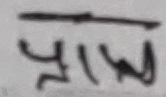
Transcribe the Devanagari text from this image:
प्रामिल